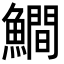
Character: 𩻾